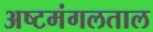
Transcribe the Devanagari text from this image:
अष्टमंगलताल